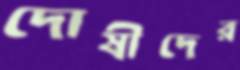
দোষীদের